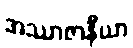
အဿာဇာနီယာ